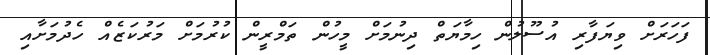
ފަހަރަށް ވިޔަފާރި އުސޫލުން ހިމާޔަތް ދިނުމަށް މީހުން ތަމްރީން ކުރުމަށް މަރުކަޒެއް ހެދުމަށާއި